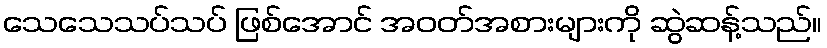
သေသေသပ်သပ် ဖြစ်အောင် အဝတ်အစားများကို ဆွဲဆန့်သည်။